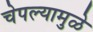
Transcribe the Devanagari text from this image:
चेपल्यामुळे